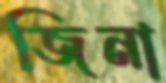
জিনা